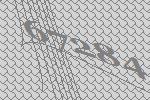
67284